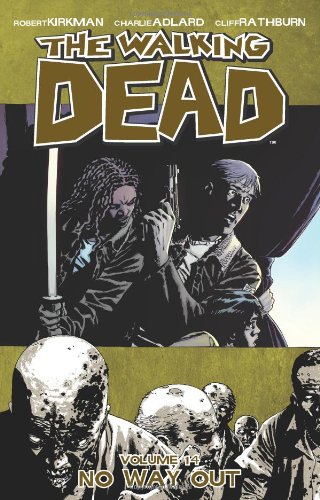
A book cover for The Walking Dead, Vol. 14: No Way Out; Robert Kirkman; Comics & Graphic Novels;